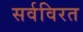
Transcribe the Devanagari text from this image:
सर्वविरत